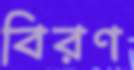
বিরণ